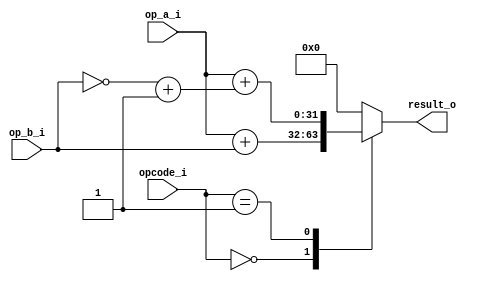
`timescale 1ns / 1ps
//////////////////////////////////////////////////////////////////////////////////
// Company: 
// Engineer: 
// 
// Design Name: 
// Module Name: arithmetic_unit
// Project Name: 
// Target Devices: 
// Tool Versions: 
// Description: 
// 
// opcode00
//         01
// Dependencies: 
// 
// Revision:
// Revision 0.01 - File Created
// Additional Comments:
// 
//////////////////////////////////////////////////////////////////////////////////
module arithmetic_unit #(
    parameter PLUS                  = 2'b00,
    parameter SUB                   = 2'b01,
    parameter UNKNOWN_OPCODE_RESULT = 32'h0
)
(
    input      [31:0] op_a_i,
    input      [31:0] op_b_i,
    input      [1:0]  opcode_i,
    output reg [31:0] result_o
    );
    always @(*) begin
        case(opcode_i)
            PLUS:    result_o = op_a_i + op_b_i;
            SUB:     result_o = op_a_i + (~op_b_i+1'b1);  // 
            default: result_o = UNKNOWN_OPCODE_RESULT;
        endcase
    end
endmodule